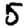
Digit: 5